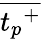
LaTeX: \overline{{{t_{p}}^{+}}}